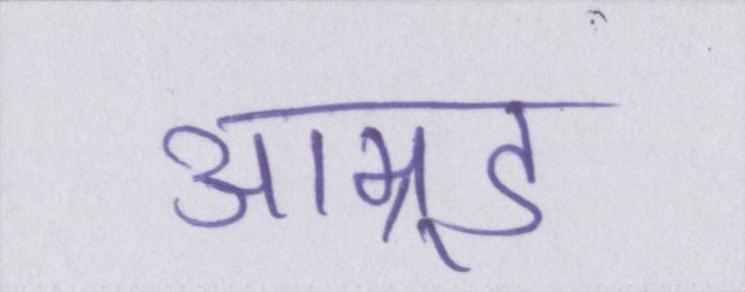
आम्र्ड